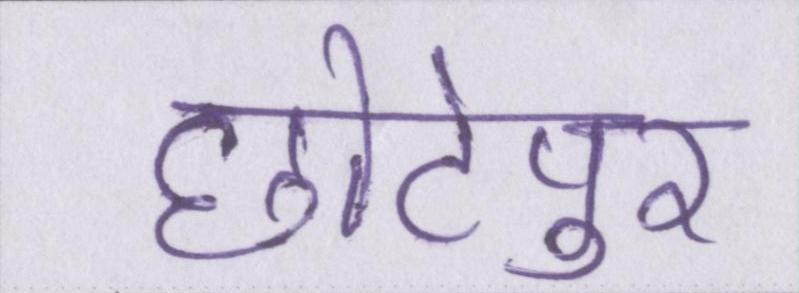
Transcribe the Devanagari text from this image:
छोटेपुर